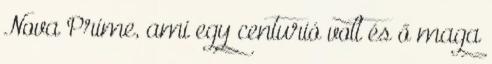
Nova Prime, ami egy centurió volt és ő maga